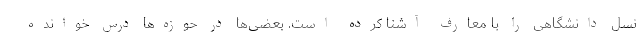
نسل دانشگاهی را با معارف آشنا کرده است. بعضی‌ها در حوزه‌ها درس خوانده